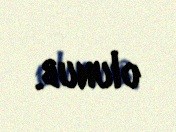
olunub.